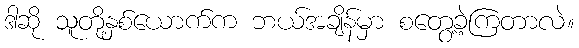
ဒါဆို သူတို့နှစ်ယောက်က ဘယ်အချိန်မှာ စတွေ့ခဲ့ကြတာလဲ။